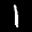
Label: 1